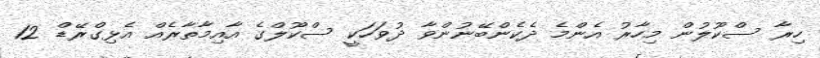
ހިރާ ސްކޫލުން މިހާރު އެންމެ ދެކެންބޭނުންވާ ދުވަހަކީ ސްކޫލްގެ އާއިމާތާރެއް އެޅިގްރޭޑް 12